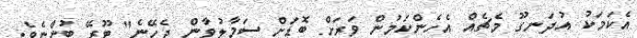
އެކަމަކު އުދަނގޫ މެޗެއް އެހެންކަމުން ވަރަށް ބޮޑަށް ސަމާލުވާން ޖެހޭނެ" ޓޫރޭ ބުންޏެވެ.